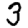
Digit: 3